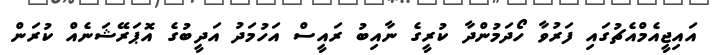
އައިޖީއެމްއެޗުގައި ފަރުވާ ހޯދަމުންދާ ކުރީގެ ނާއިބު ރައީސް އަހުމަދު އަދީބުގެ އޮޕަރޭޝަނެއް ކުރަން